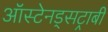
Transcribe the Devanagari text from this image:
ऑस्टेनड्सट्राबी